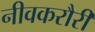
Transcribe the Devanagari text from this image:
नीवकरौरी